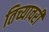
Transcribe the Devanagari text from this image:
तिच्यावरी